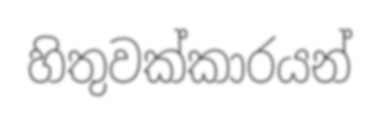
හිතුවක්කාරයන්